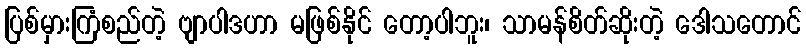
ပြစ်မှားကြံစည်တဲ့ ဗျာပါဒဟာ မဖြစ်နိုင် တော့ပါဘူး၊ သာမန်စိတ်ဆိုးတဲ့ ဒေါသတောင်